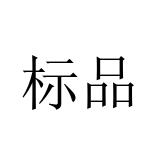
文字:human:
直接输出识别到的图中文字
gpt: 标品